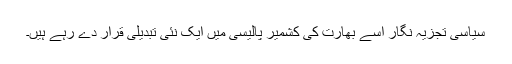
سیاسی تجزیہ نگار اسے بھارت کی کشمیر پالیسی میں ایک نئی تبدیلی قرار دے رہے ہیں۔